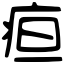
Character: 疸